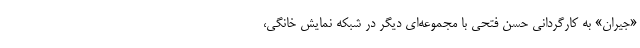
«جیران» به کارگردانی حسن فتحی با مجموعه‌ای دیگر در شبکه نمایش خانگی،